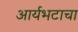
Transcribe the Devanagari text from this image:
आर्यभटाचा